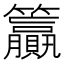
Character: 籯